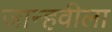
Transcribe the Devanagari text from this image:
जान्हवीला